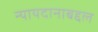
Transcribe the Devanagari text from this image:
न्यायदानाबद्दल